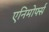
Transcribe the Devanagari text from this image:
एनिमोर्फ्स